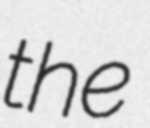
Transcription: the